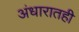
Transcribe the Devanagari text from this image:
अंधारातही